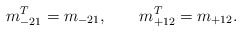
\begin{align*}m_{-21}^T = m_{-21}, \qquad m_{+12}^T = m_{+12}.\end{align*}